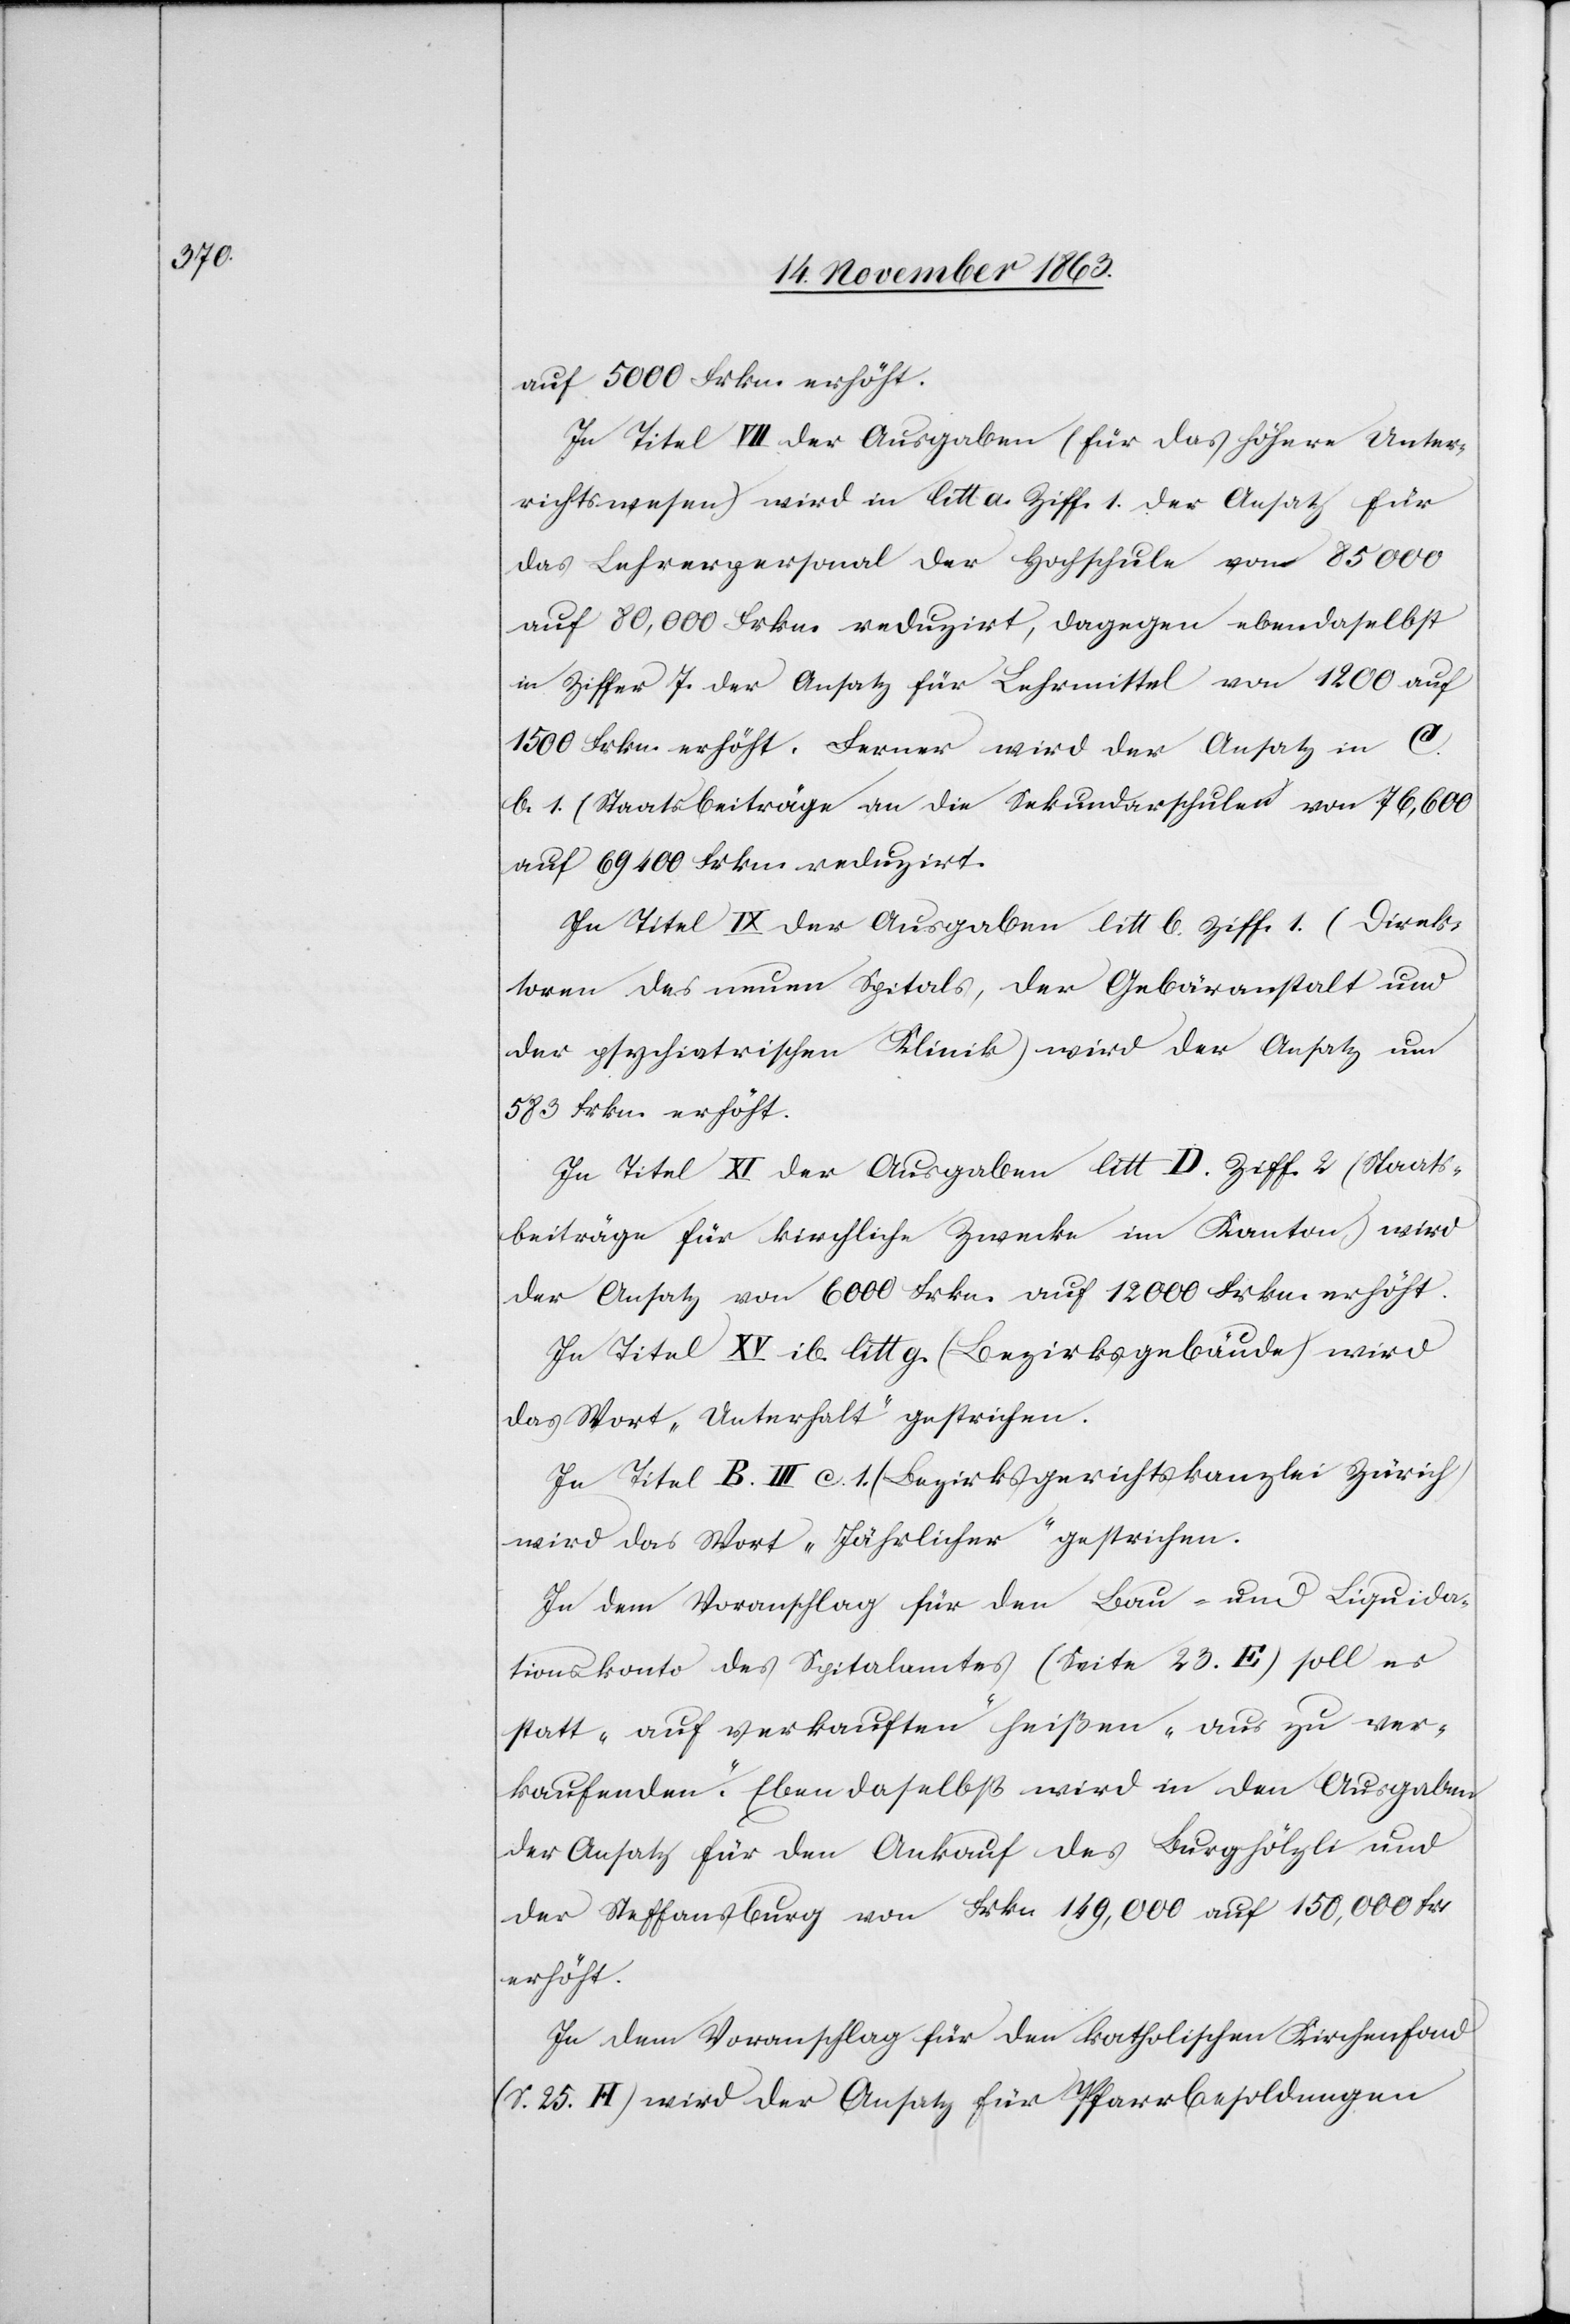
auf 5000 Frkn. erhöht.
In Titel VII der Ausgaben (für das höhere Unter¬
richtswesen) wird in litt a. Ziff. 1. der Ansatz für
das Lehrerpersonal der Hochschule von 85 000
auf 80,000 Frkn. reduzirt, dagegen ebendaselbst
in Ziffer 7 der Ansatz für Lehrmittel von 1200 auf
1500 Frkn. erhöht. Ferner wird der Ansatz in C.
b. 1 (Staatsbeiträge an die Sekundarschulen) von 76,600
auf 69 400 Frkn. reduzirt.
In Titel IX der Ausgaben litt b. Ziff. 1. (Direk¬
toren des neuen Spitals, der Gebäranstalt und
der psychiatrischen Klinik) wird der Ansatz um
583 frkn. erhöht.
In Titel XI der Ausgaben litt D. Ziff. 2 (Staats¬
beiträge für kirchliche Zwecke im Kanton) wird
der Ansatz von 6000 Frkn. auf 12 000 Frkn. erhöht.
In Titel XV ib. litt. g. (Bezirksgebäude) wird
das Wort „Unterhalt“ gestrichen.
In Titel B. III c. 1 (Bezirksgerichtskanzlei Zürich)
wird das Wort „Jährlicher“ gestrichen.
In dem Voranschlag für den Bau- und Liquida¬
tionskonto des Spitalamtes (Seite 23. E) soll es
statt „auf verkauften“ heißen „aus zu ver¬
kaufenden“. Eben daselbst wird in den Ausgaben
der Ansatz für den Ankauf des Burghölzli und
der Steffansburg von Frkn 149,000 auf 150,000 Fr.
erhöht.
In dem Voranschlag für den katholischen Kirchenfond
(S. 25. H) wird der Ansatz für Pfarrbesoldungen